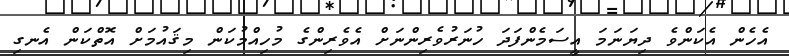
އެހެން އެކަންވެ ދިޔަނަމަ އީސަމެންފަދަ ހުނަރުވެރިންނަށް އެވެރިންގެ މުހިއްމުކަން މިޤައުމަށް އޮތްކަން އެނގި